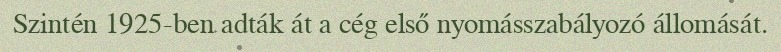
Szintén 1925-ben adták át a cég első nyomásszabályozó állomását.